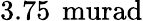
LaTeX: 3.75\, \mathrm{\ murad}